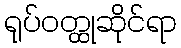
ရုပ်ဝတ္ထုဆိုင်ရာ